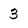
Character: 3